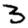
Digit: 3